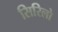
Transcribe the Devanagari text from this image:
सिरिलो